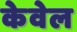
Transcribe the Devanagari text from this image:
केवेल